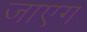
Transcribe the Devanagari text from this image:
जाएग